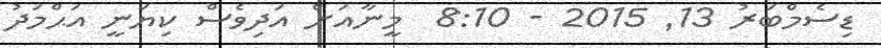
ޑިސެމްބަރު 13